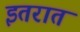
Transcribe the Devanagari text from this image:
इतरात